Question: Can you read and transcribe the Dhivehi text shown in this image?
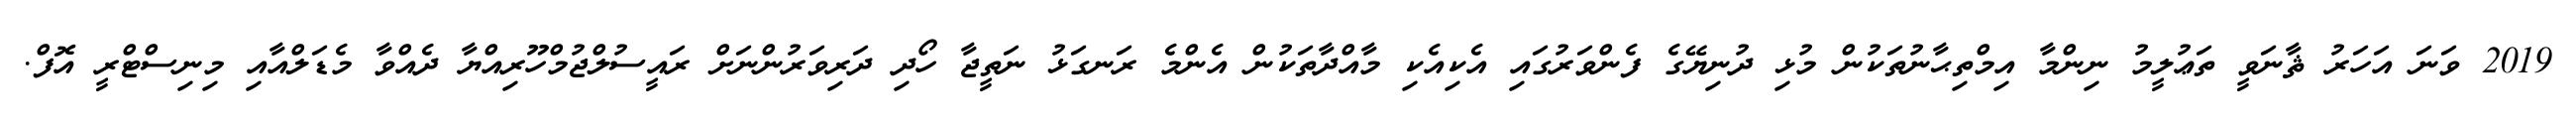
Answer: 2019 ވަނަ އަހަރު ޘާނަވީ ތަޢުލީމު ނިންމާ އިމްތިޙާނުތަކުން މުޅި ދުނިޔޭގެ ފެންވަރުގައި އެކިއެކި މާއްދާތަކުން އެންމެ ރަނގަޅު ނަތީޖާ ހޯދި ދަރިވަރުންނަށް ރައީސުލްޖުމްހޫރިއްޔާ ދެއްވާ މެޑަލްއާއި މިނިސްޓްރީ އޮފް.